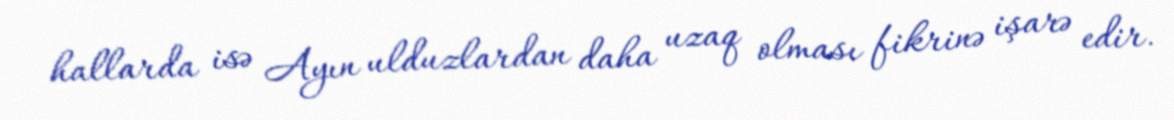
hallarda isə Ayın ulduzlardan daha uzaq olması fikrinə işarə edir.